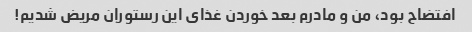
افتضاح بود، من و مادرم بعد خوردن غذای این رستوران مریض شدیم!